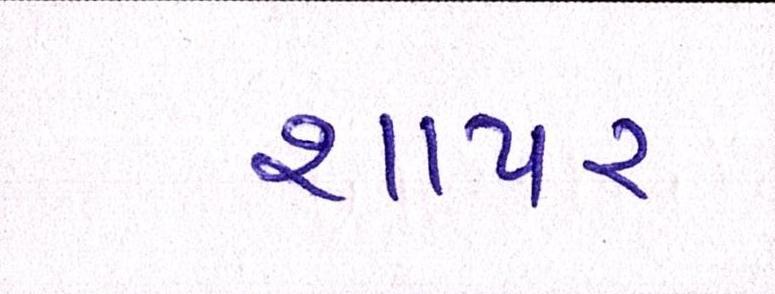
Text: શાપર